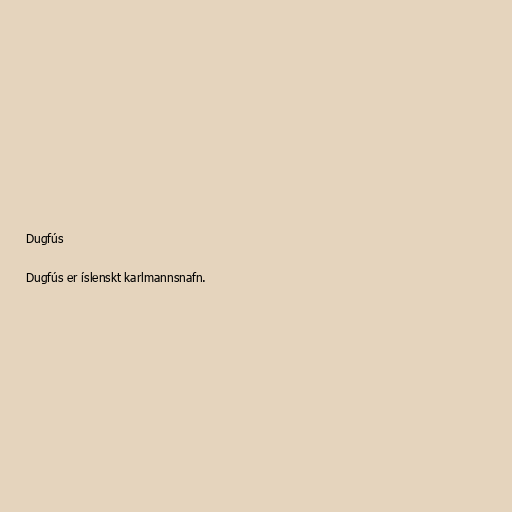
Dugfús

Dugfús er íslenskt karlmannsnafn.